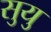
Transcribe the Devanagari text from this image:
सुयु